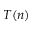
T ( n )